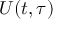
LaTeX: U ( t , \tau )